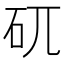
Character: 矹